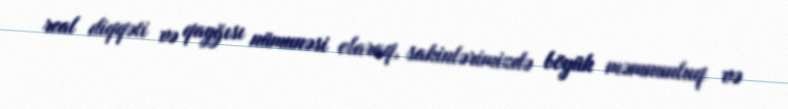
real diqqəti və qayğısı nümunəsi olaraq, sakinlərimizdə böyük məmnunluq və